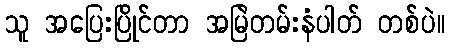
သူ အပြေးပြိုင်တာ အမြဲတမ်းနံပါတ် တစ်ပဲ။